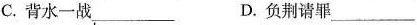
C.背水一战___ D.负荆请罪___